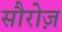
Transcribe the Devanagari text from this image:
सौरोज़